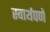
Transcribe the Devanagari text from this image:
स्वार्थपणे